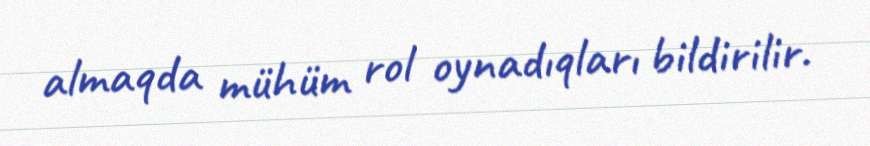
almaqda mühüm rol oynadıqları bildirilir.